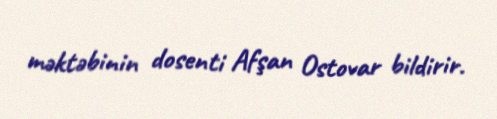
məktəbinin dosenti Afşan Ostovar bildirir.